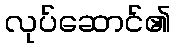
လုပ်ဆောင်၏